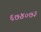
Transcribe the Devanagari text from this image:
६७४०७३